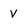
Character: v